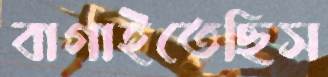
বাগাইতেছিস